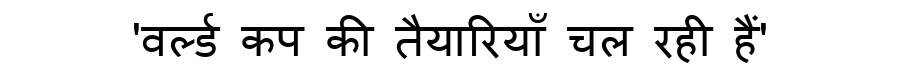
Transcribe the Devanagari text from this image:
'वर्ल्ड कप की तैयारियाँ चल रही हैं'